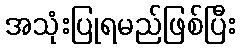
အသုံးပြုရမည်ဖြစ်ပြီး